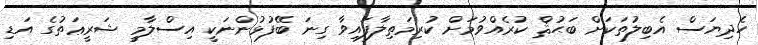
ހެދިޔަސް އެބިލުތަކަށް ބަޙުޘް ކުރެއްވުމަށް ކުރިމަތިލާފައިވާ ގިނަ ބޭފުޅުންނަކީ އިސްލާމީ ޝަރީޢަތުގެ އަޑި